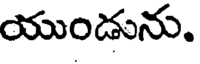
యుండును.